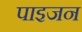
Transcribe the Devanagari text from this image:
पाइजन